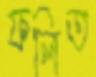
ফলিত